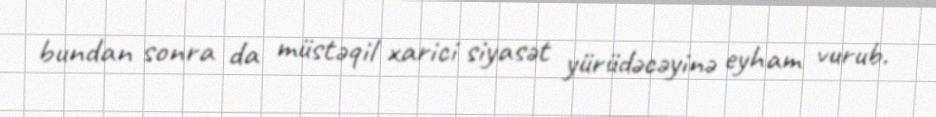
bundan sonra da müstəqil xarici siyasət yürüdəcəyinə eyham vurub.